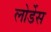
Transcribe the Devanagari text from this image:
लोर्डेस